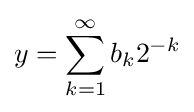
y=\sum _{k=1}^{\infty }b_{k}2^{-k}